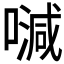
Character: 𠽦